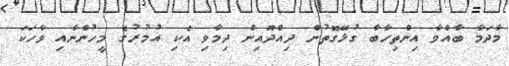
މާދަމާ ބާއްވާ އިންތިހާބާ ގުޅޭގޮތުން ދިއްދޫއިން ދިމާވި އެކި އުމުރުގެ މީހުންނާއި ވާހަކަ